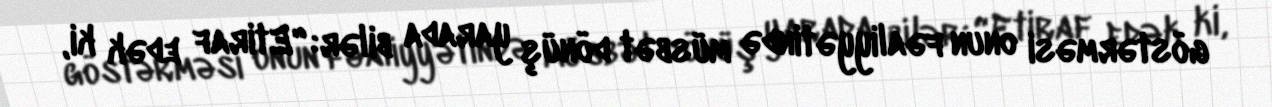
göstərməsi onun fəaliyyətində müsbət dönüş yarada bilər: “Etiraf edək ki,